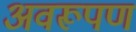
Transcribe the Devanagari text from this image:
अवरूपण